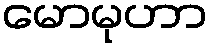
မောမုဟာ